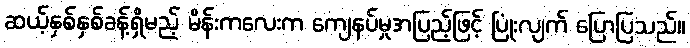
ဆယ့်နှစ်နှစ်ခန့်ရှိမည့် မိန်းကလေးက ကျေနပ်မှုအပြည့်ဖြင့် ပြုံးလျက် ပြောပြသည်။